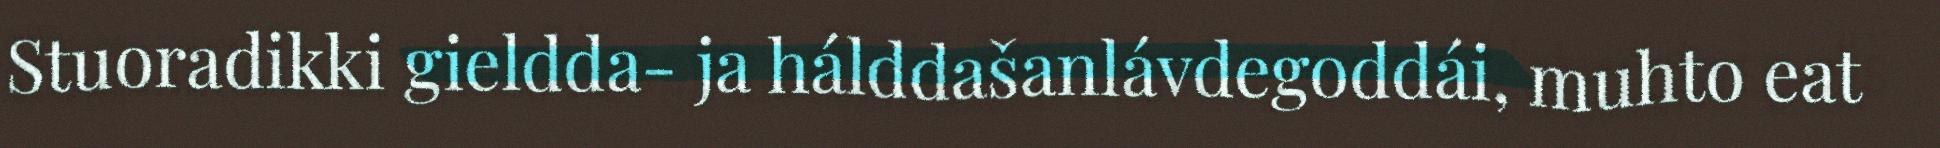
Stuoradikki gieldda- ja hálddašanlávdegoddái, muhto eat